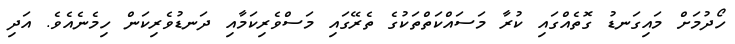
ހޯދުމަށް މައިގަނޑު ގޮތެއްގައި ކުރާ މަސައްކަތްތަކުގެ ތެރޭގައި މަސްވެރިކަމާއި ދަނޑުވެރިކަން ހިމެނެއެވެ. އަދި